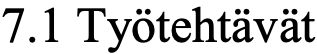
7.1 Työtehtävät